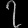
Digit: ၇